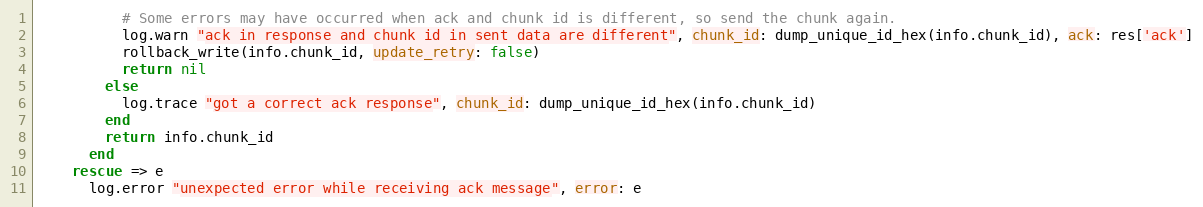
Language: Ruby
          # Some errors may have occurred when ack and chunk id is different, so send the chunk again.
          log.warn "ack in response and chunk id in sent data are different", chunk_id: dump_unique_id_hex(info.chunk_id), ack: res['ack']
          rollback_write(info.chunk_id, update_retry: false)
          return nil
        else
          log.trace "got a correct ack response", chunk_id: dump_unique_id_hex(info.chunk_id)
        end
        return info.chunk_id
      end
    rescue => e
      log.error "unexpected error while receiving ack message", error: e